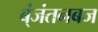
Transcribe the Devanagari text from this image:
ब्ंजंतनबज